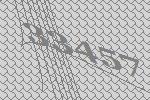
33457